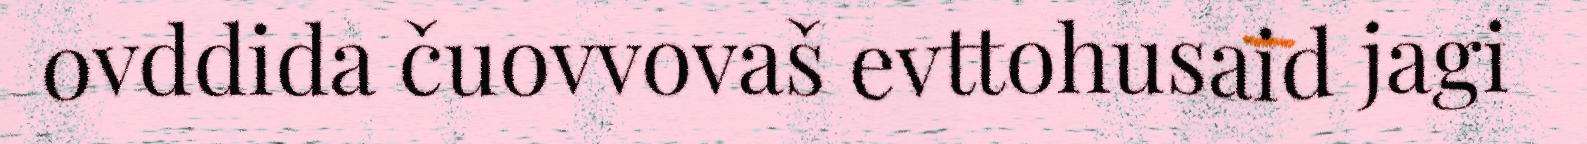
ovddida čuovvovaš evttohusaid jagi